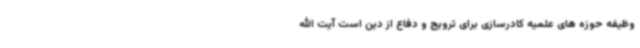
وظیفه حوزه های علمیه کادرسازی برای ترویج و دفاع از دین است آیت الله